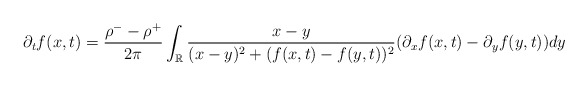
\begin{align*} \partial_t f(x,t) = \frac{\rho^{-} - \rho^{+}}{2\pi} \int_\mathbb{R} \frac{x-y}{(x-y)^2 + (f(x,t)-f(y,t))^2}(\partial_{x}f(x,t) - \partial_{y}f(y,t)) d y\end{align*}